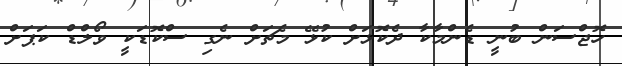
ހޮޖްސަން ބުނީ ޑެންމާކާ ދެކޮޅަށް ކުޅޭ މެޗަށް ނެގި ސްކޮޑަކީ ވޯލްޑް ކަޕަށް